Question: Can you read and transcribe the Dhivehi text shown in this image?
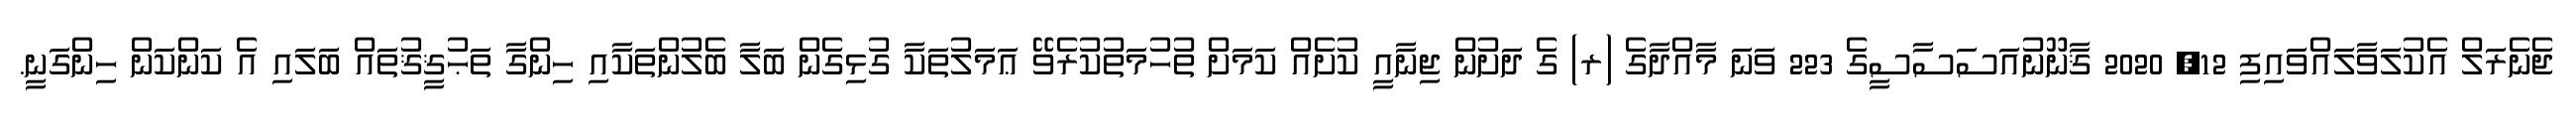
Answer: ޖެނެރަލް އެކުލަވާލައްވައިފި 12, 2020 ޤާނޫނުއަސަސާސީގެ 223 ވަނަ މާއްދާގެ (ރ) ގެ ދަށުން ޖިނާއީ ކުށެއް ކަމަށް ތުހުމަތުކުރެވޭ ޢަމަލުތަކާ ގުޅިގެން ބަލާ ބެލުންތަކާއި ހިންގާ ތަޙުޤީޤުތައް ބަލައި އެ ކަންކަން ހިންގަނީ.